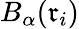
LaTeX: B_{\alpha}(\mathfrak{r}_{i})